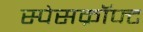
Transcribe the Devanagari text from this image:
स्पेसक्रॉफ्ट